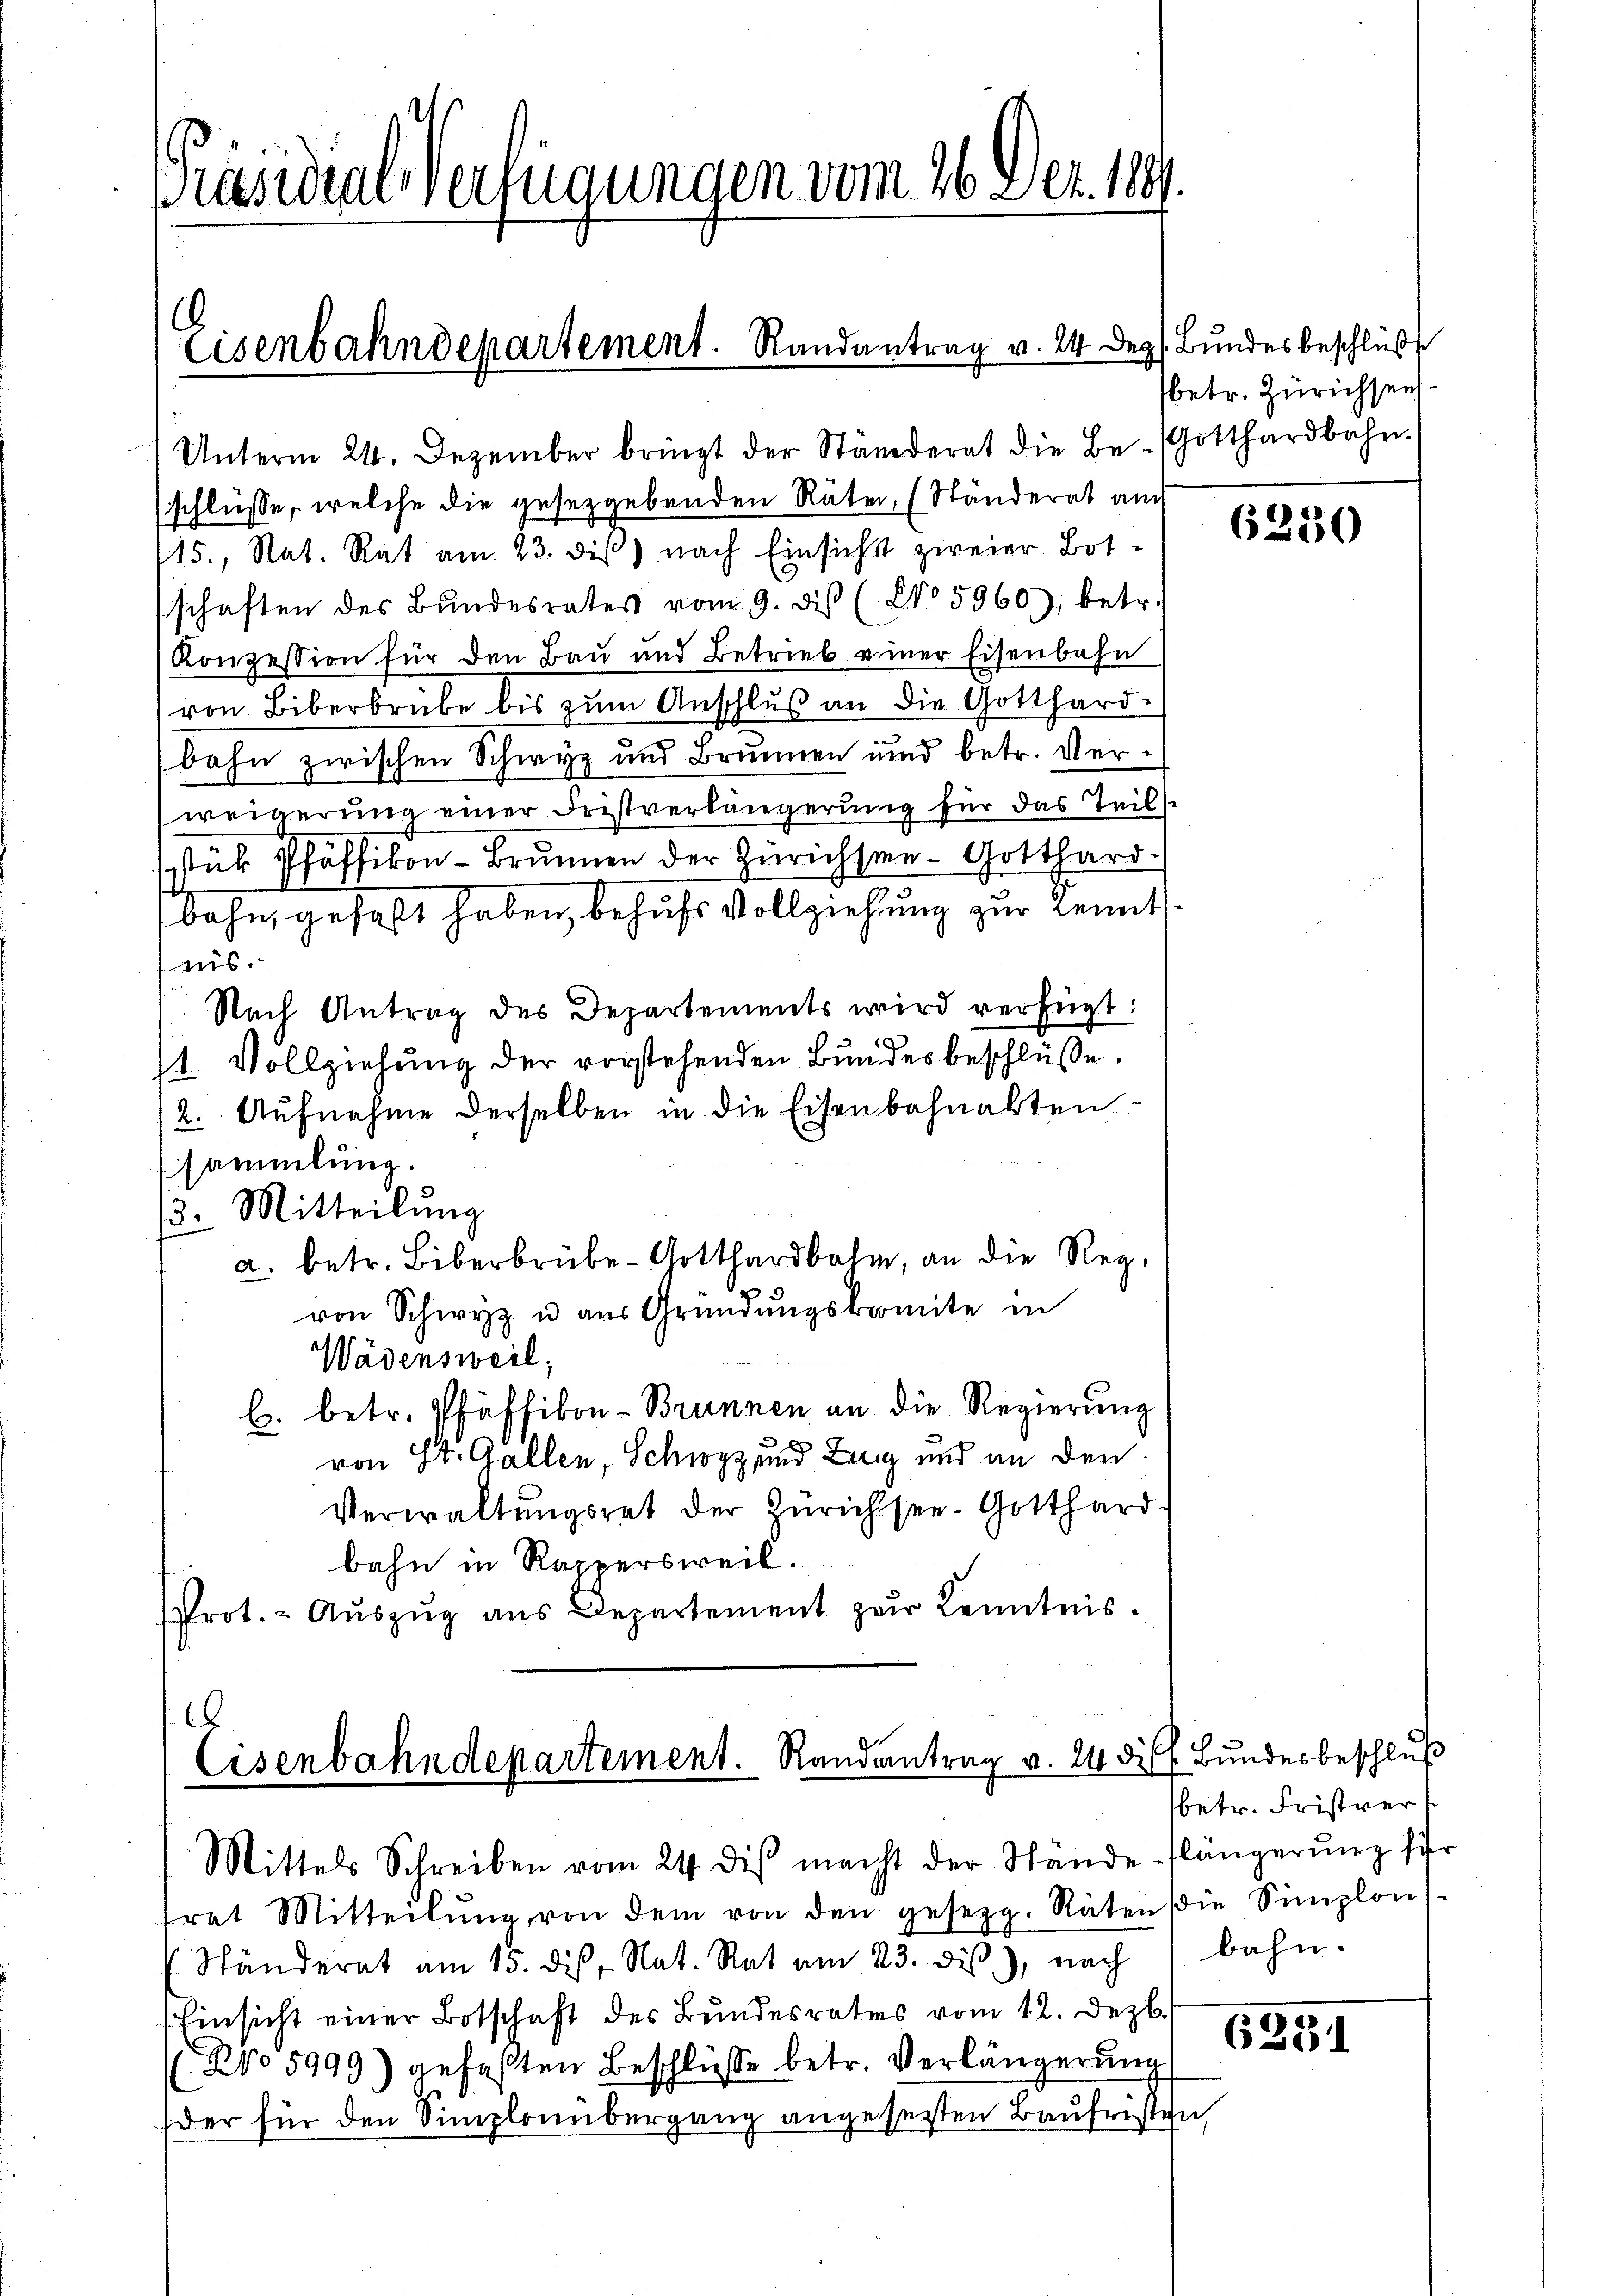
Präsidialverfügungen vom 26. Dez. 1891.

Eisenbahndepartement. Randantrag v. 24 Dez.

Unterm 24. Dezember bringt der Ständerat die Be-Gotthardbahn.
schlüsse, welche die gesetzgebenden Räter, (Ständerat auch
15., Nat. Rat am 23. diβ) nach Einsicht zweier Botschaften des Bŭndesrates vom 9. diβ (No 5960), betr.
Konzession für den Bau und Betrieb einer Eisenbahn
von Biberbrube bis zum Anschluß an die Gotthard-
bahn zwischen Schwyz und Brunnen und betr. Verweigerung einer Fristverlängerung für das Teils
stük Pfäffikon - Brunnen der Zürichste Gotthard-
bahn, gehalt haben, behufs Vollziehung zur Kennt
nis.
Nach Antrag des Departements wird verfügt:
1. Vollziehung der vorstehenden Bundes beschlüsse.
2. Aufnahme derselben in die Eisenbahnakten
sammlung.
3. Mitteilung
a. betr. Biberbrübe Gotthardbahn, an die Reg.
von Schwyz u aus Gründungskomite in
Wädensweil;
b. betr. Pfäffikon - Brunnen an die Regierung
von St. Gallen, Schwyz und Zug und an den
Verwaltŭngsrat der Zürichsee-Gotthard
bahn in Rappersweil.
Prot. - Aŭszŭg ans Departement zŭr Kenntnis.

.
Cisenbahndepartement. Randantrag v. 24 des Bundesbeschluß
Mittels Schreiben vom 24. diβ macht der Stände Klängerŭng für

Bundesbeschluß
betr. Zürichsen

frat Mitteilŭng von dem von den gesezg. Räten die Simplon
Ständerat am 15. des Nat. Rat am 23. dis), nach bahn-
Einsicht einer Botschaft des Bundesrates vom 12. Dezb.
NNo 5999) gefaßten Beschlüsse betr. Verlängerung
(der für den Simplrembergang angesezten Baufristen,

6250

sbetr. Fristvert

6251